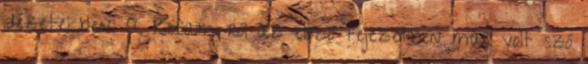
idézetekben. A Refaim-ról az előző fejezetben már volt szó